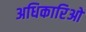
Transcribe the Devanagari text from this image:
अधिकारिओ